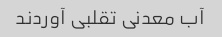
آب معدنی تقلبی آوردند